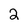
Character: 2